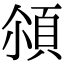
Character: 𩒀